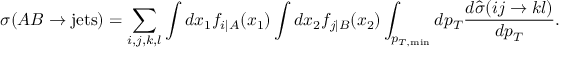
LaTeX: \sigma ( A B \rightarrow \mathrm { j e t s } ) = \sum _ { i , j , k , l } \int d x _ { 1 } f _ { i | A } ( x _ { 1 } ) \int d x _ { 2 } f _ { j | B } ( x _ { 2 } ) \int _ { p _ { T , \mathrm { m i n } } } d p _ { T } \frac { d \hat { \sigma } ( i j \rightarrow k l ) } { d p _ { T } } .